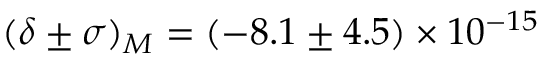
( \delta \pm \sigma ) _ { M } = ( - 8 . 1 \pm 4 . 5 ) \times 1 0 ^ { - 1 5 }